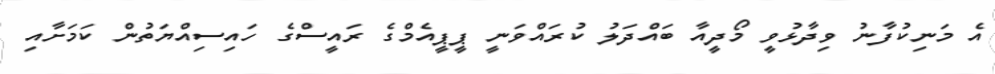
އެ މަނިކުފާނު ވިދާޅުވީ މޯދީއާ ބައްދަލު ކުރައްވަނީ ޕީޕީއެމްގެ ރައީސްގެ ހައިސިއްޔަތުން ކަމަށާއި